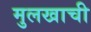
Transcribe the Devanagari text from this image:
मुलखाची